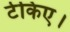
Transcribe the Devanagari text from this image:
टेकिए।